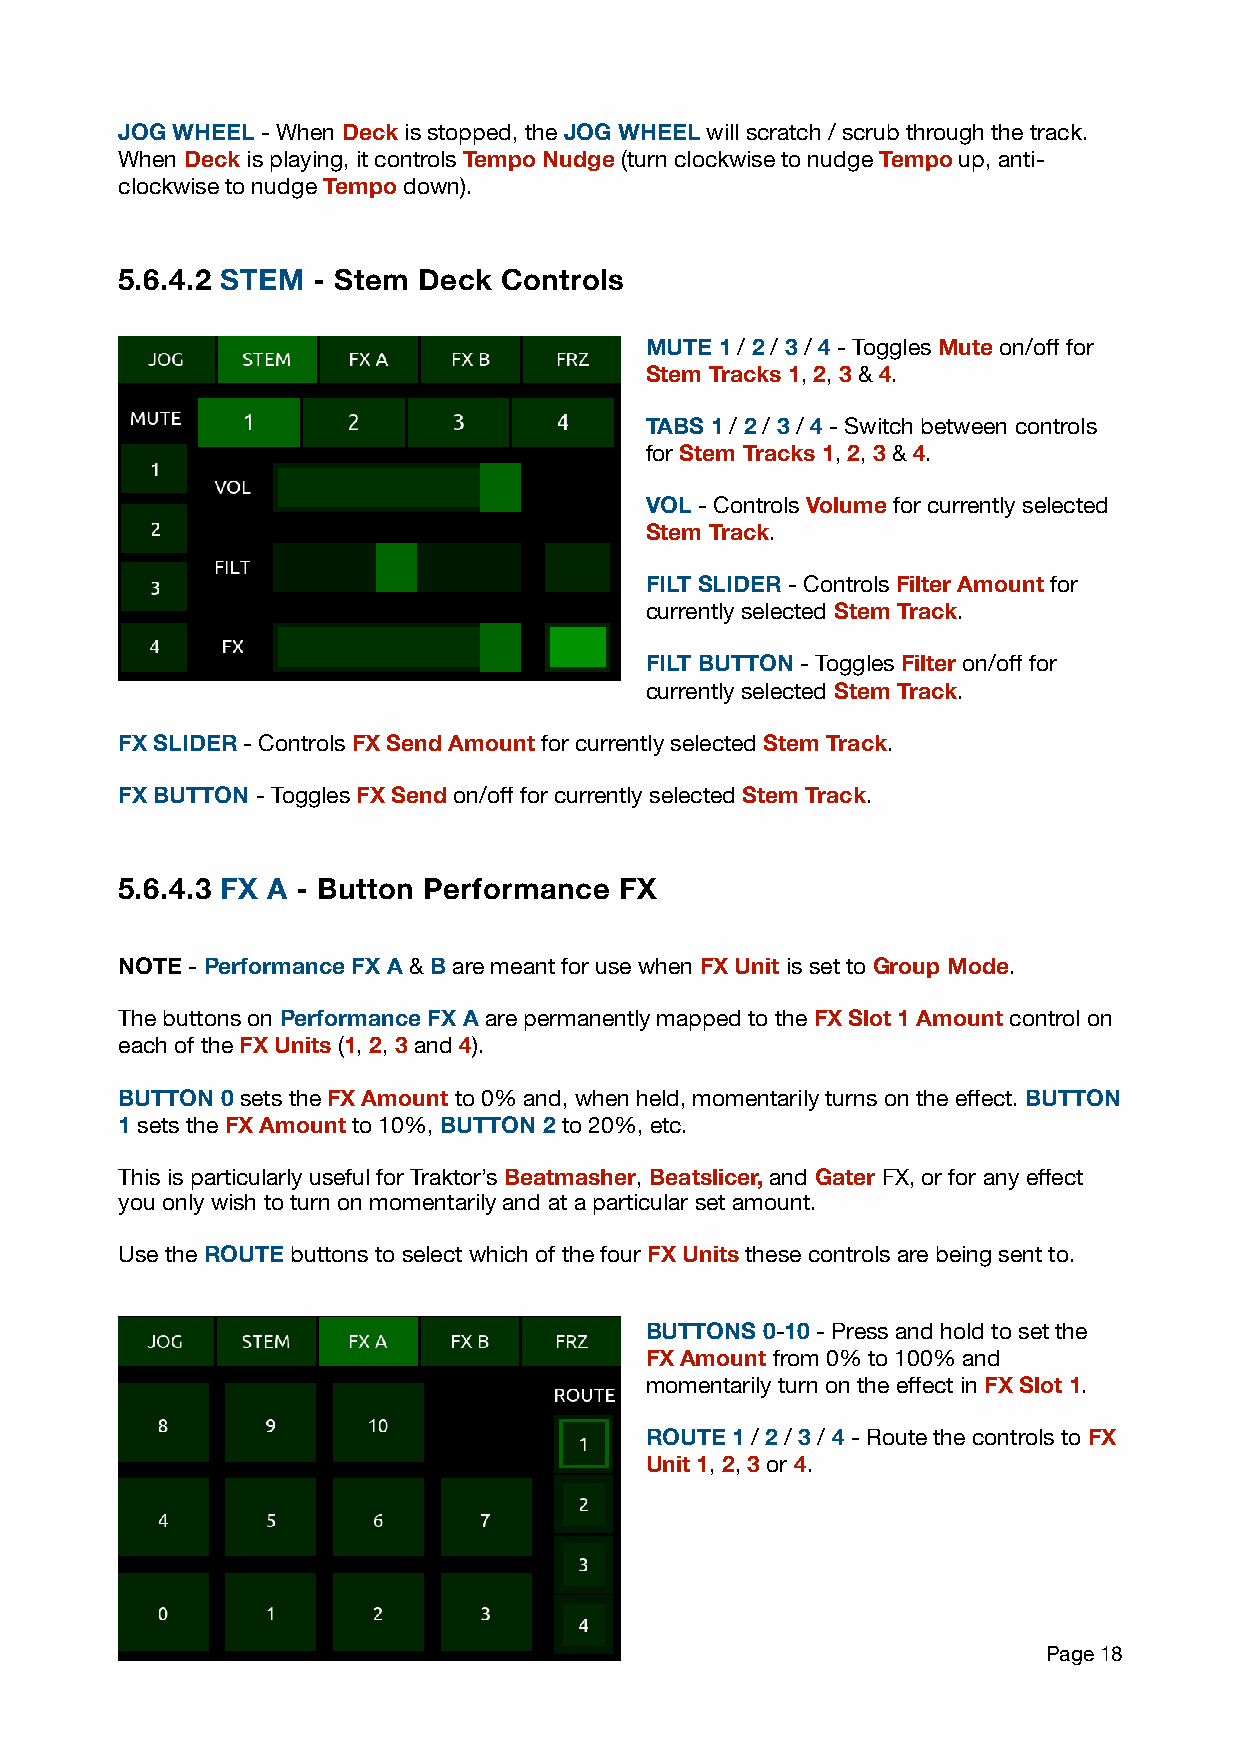
JOG WHEEL - When Deck is stopped, the JOG WHEEL will scratch / scrub through the track.
 When Deck is playing, it controls Tempo Nudge (turn clockwise to nudge Tempo up, anti-
 clockwise to nudge Tempo down).
 5.6.4.2 STEM - Stem Deck Controls
 MUTE 1 / 2 / 3 / 4 - Toggles Mute on/off for
 Stem Tracks 1, 2, 3 & 4.
 TABS 1 / 2 / 3 / 4 - Switch between controls
 for Stem Tracks 1, 2, 3 & 4.
 VOL - Controls Volume for currently selected
 Stem Track.
 FILT SLIDER - Controls Filter Amount for
 currently selected Stem Track.
 FILT BUTTON - Toggles Filter on/off for
 currently selected Stem Track.
 FX SLIDER - Controls FX Send Amount for currently selected Stem Track.
 FX BUTTON - Toggles FX Send on/off for currently selected Stem Track.
 5.6.4.3 FX A - Button Performance FX
 NOTE - Performance FX A & B are meant for use when FX Unit is set to Group Mode.
 The buttons on Performance FX A are permanently mapped to the FX Slot 1 Amount control on
 each of the FX Units (1, 2, 3 and 4).
 BUTTON 0 sets the FX Amount to 0% and, when held, momentarily turns on the effect. BUTTON
 1 sets the FX Amount to 10%, BUTTON 2 to 20%, etc.
 This is particularly useful for Traktor’s Beatmasher, Beatslicer, and Gater FX, or for any effect
 you only wish to turn on momentarily and at a particular set amount.
 Use the ROUTE buttons to select which of the four FX Units these controls are being sent to.
 BUTTONS 0-10 - Press and hold to set the
 FX Amount from 0% to 100% and
 momentarily turn on the effect in FX Slot 1.
 ROUTE 1 / 2 / 3 / 4 - Route the controls to FX
 Unit 1, 2, 3 or 4.
 Page 18